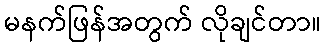
မနက်ဖြန်အတွက် လိုချင်တာ။